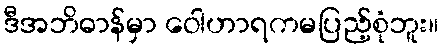
ဒီအဘိဓာန်မှာ ဝေါဟာရကမပြည့်စုံဘူး။